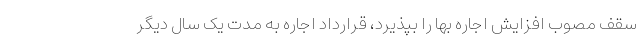
سقف مصوب افزایش اجاره بها را بپذیرد، قرارداد اجاره به مدت یک سال دیگر